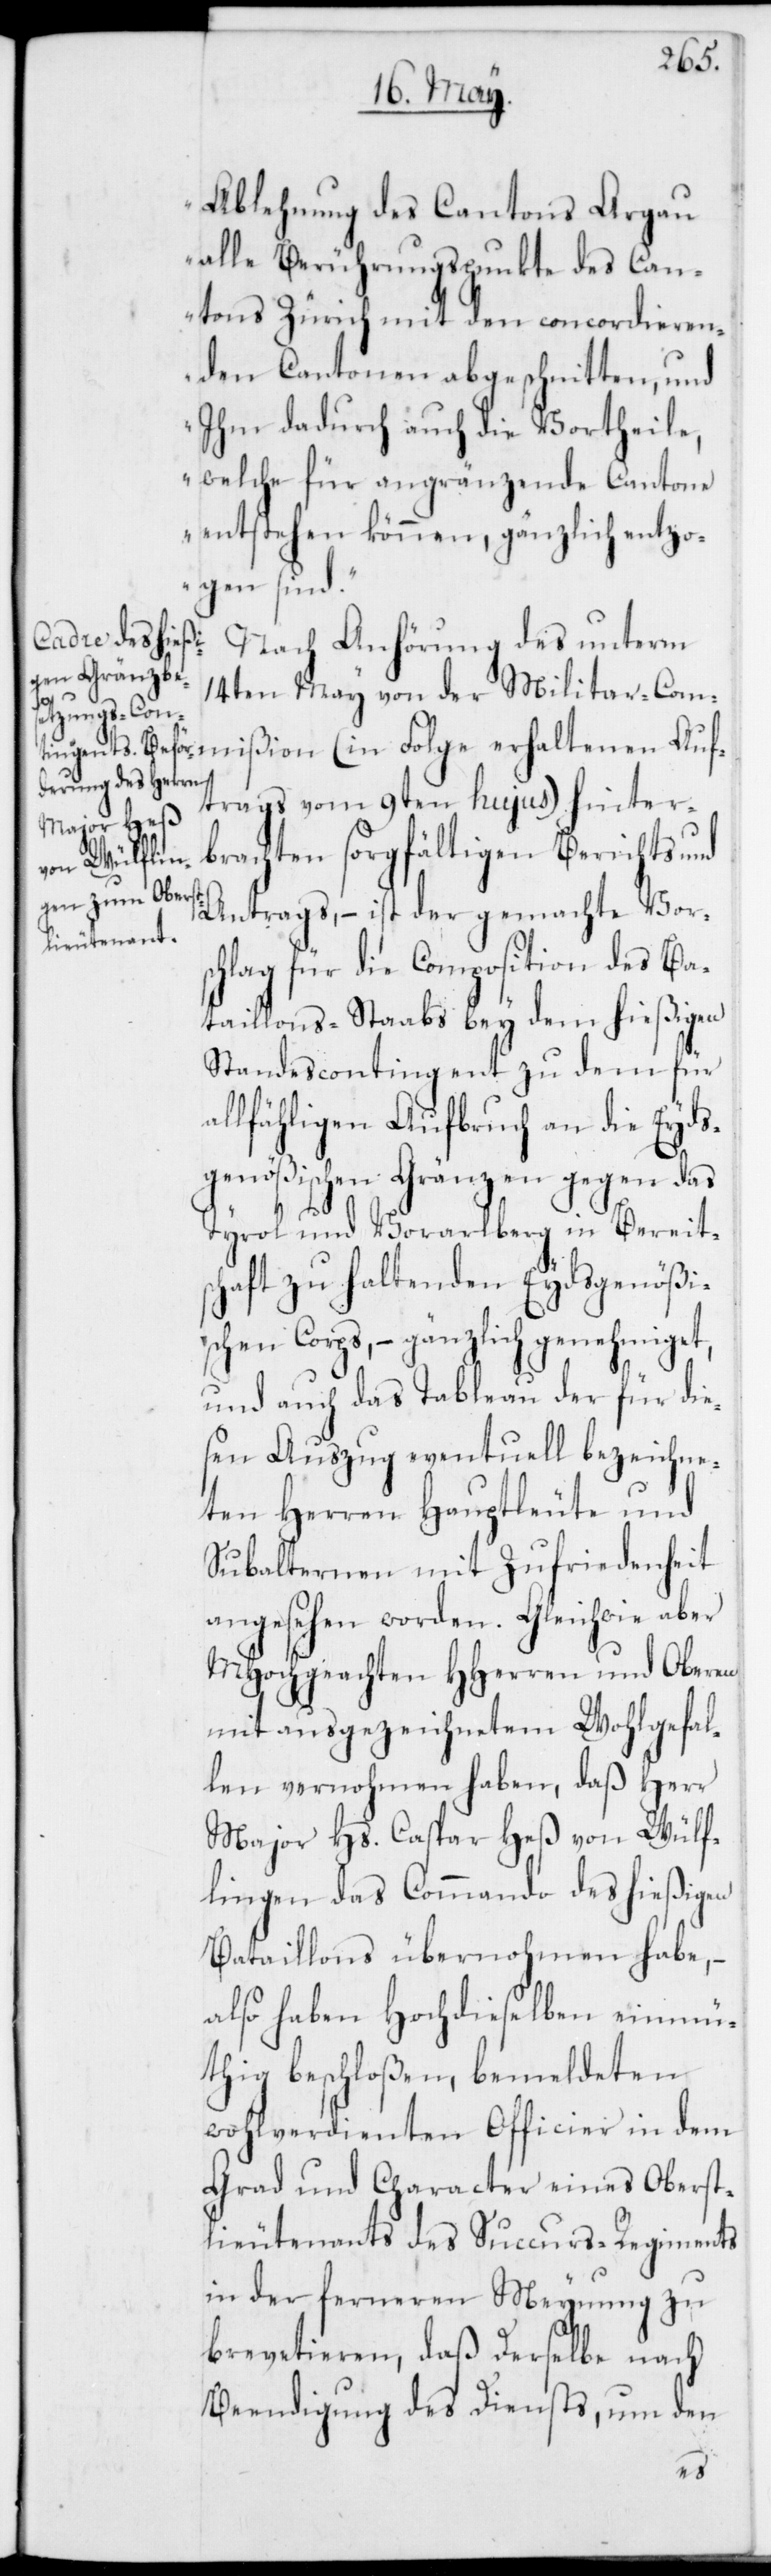
ßion
Ablehnung des Cantons Argau
alle Berührungspunkte des Can¬
tons Zürich mit den concordieren¬
den Cantonen abgeschnitten, und
Ihm dadurch auch die Vortheile,
welche für angränzende Cantone
entstehen können, gänzlich entzo¬
gen sind“.
Nach Anhörung des unterm
14ten May von der Militaircommi¬
erhaltenen Au¬
ftrags vom 9ten hujus) hinter¬
brachten sorgfältigen Berichts und
Antrags, – ist der gemachte Vors¬
chlag für die Composition des Ba¬
taillons-Stabs bey dem hießigen
Standeskontingent zu dem für
allfälligen Aufbruch an die Eyds¬
genößischen Grenzen gegen das
Tirol und Vorarlberg in Bereits¬
chaft zu haltenden Eydsgenößi¬
schen Corps, – gänzlich genehmiget,
und auch das Tableau der für die¬
sen Auszug eventuell bezeichne¬
ten Herren Hauptleute und
Subalternen mit Zufriedenheit
angesehen worden. Gleichwie aber
MHochgeachten HHerren und Oberen
mit ausgezeichnetem Wohlgefal¬
len vernommen haben, daß Herr
Major Hs. Caspar Heß von Wülf¬
lingen das Kommando des hießigen
Bataillons übernommen habe, –
also haben hochdieselben einmü¬
tig beschloßen, bemeldten
wohlverdienten Officier in dem
Grad und Character eines Oberst¬
lieutenants des Succurs-Regiments
in der ferneren Meinung zu
brevetieren, daß derselbe nach
Beendigung des Diensts, um den